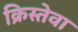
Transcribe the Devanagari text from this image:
क्रिस्तेवा